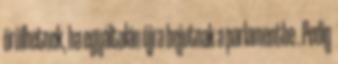
örülhetnek, ha egyáltalán újra bejutnak a parlamentbe . Pedig